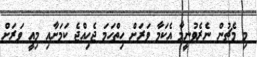
މި މެޗުން ނެރެވުނީމާ އެކަމާ ވަރަށް ހިތްހަމަ ޖެހިއްޖެ ކަމަށާއި މިއީ ވަރަށް